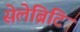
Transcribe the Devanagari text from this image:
सेलेब्रिटि